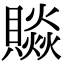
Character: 𧷼